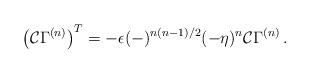
LaTeX: \begin{align*}\left({\cal C}\Gamma^{(n)}\right) ^T= -\epsilon(-)^{n(n-1)/2}(-\eta)^n{\cal C}\Gamma^{(n)}\,. \end{align*}